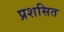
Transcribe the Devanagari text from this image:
प्रशसित